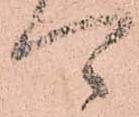
可